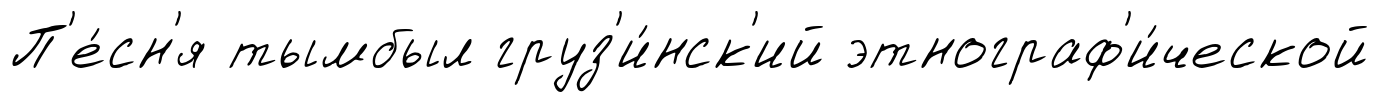
П'е́сн'я тымбыл груз'и́нск'ий этнограф'и́ческой